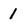
Character: 1